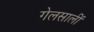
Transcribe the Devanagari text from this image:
गेलसालीं